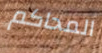
المحاكم